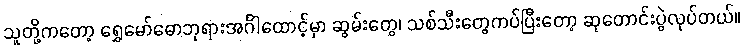
သူတို့ကတော့ ရွှေမော်ဓောဘုရားအင်္ဂါထောင့်မှာ ဆွမ်းတွေ၊ သစ်သီးတွေကပ်ပြီးတော့ ဆုတောင်းပွဲလုပ်တယ်။